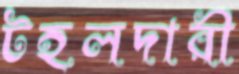
টহলদারী